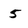
Character: 5